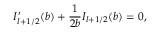
I _ { l + 1 / 2 } ^ { \prime } ( b ) + { \frac { 1 } { 2 b } } I _ { l + 1 / 2 } ( b ) = 0 ,